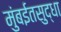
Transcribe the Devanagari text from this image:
मुंबईतसुद्धा